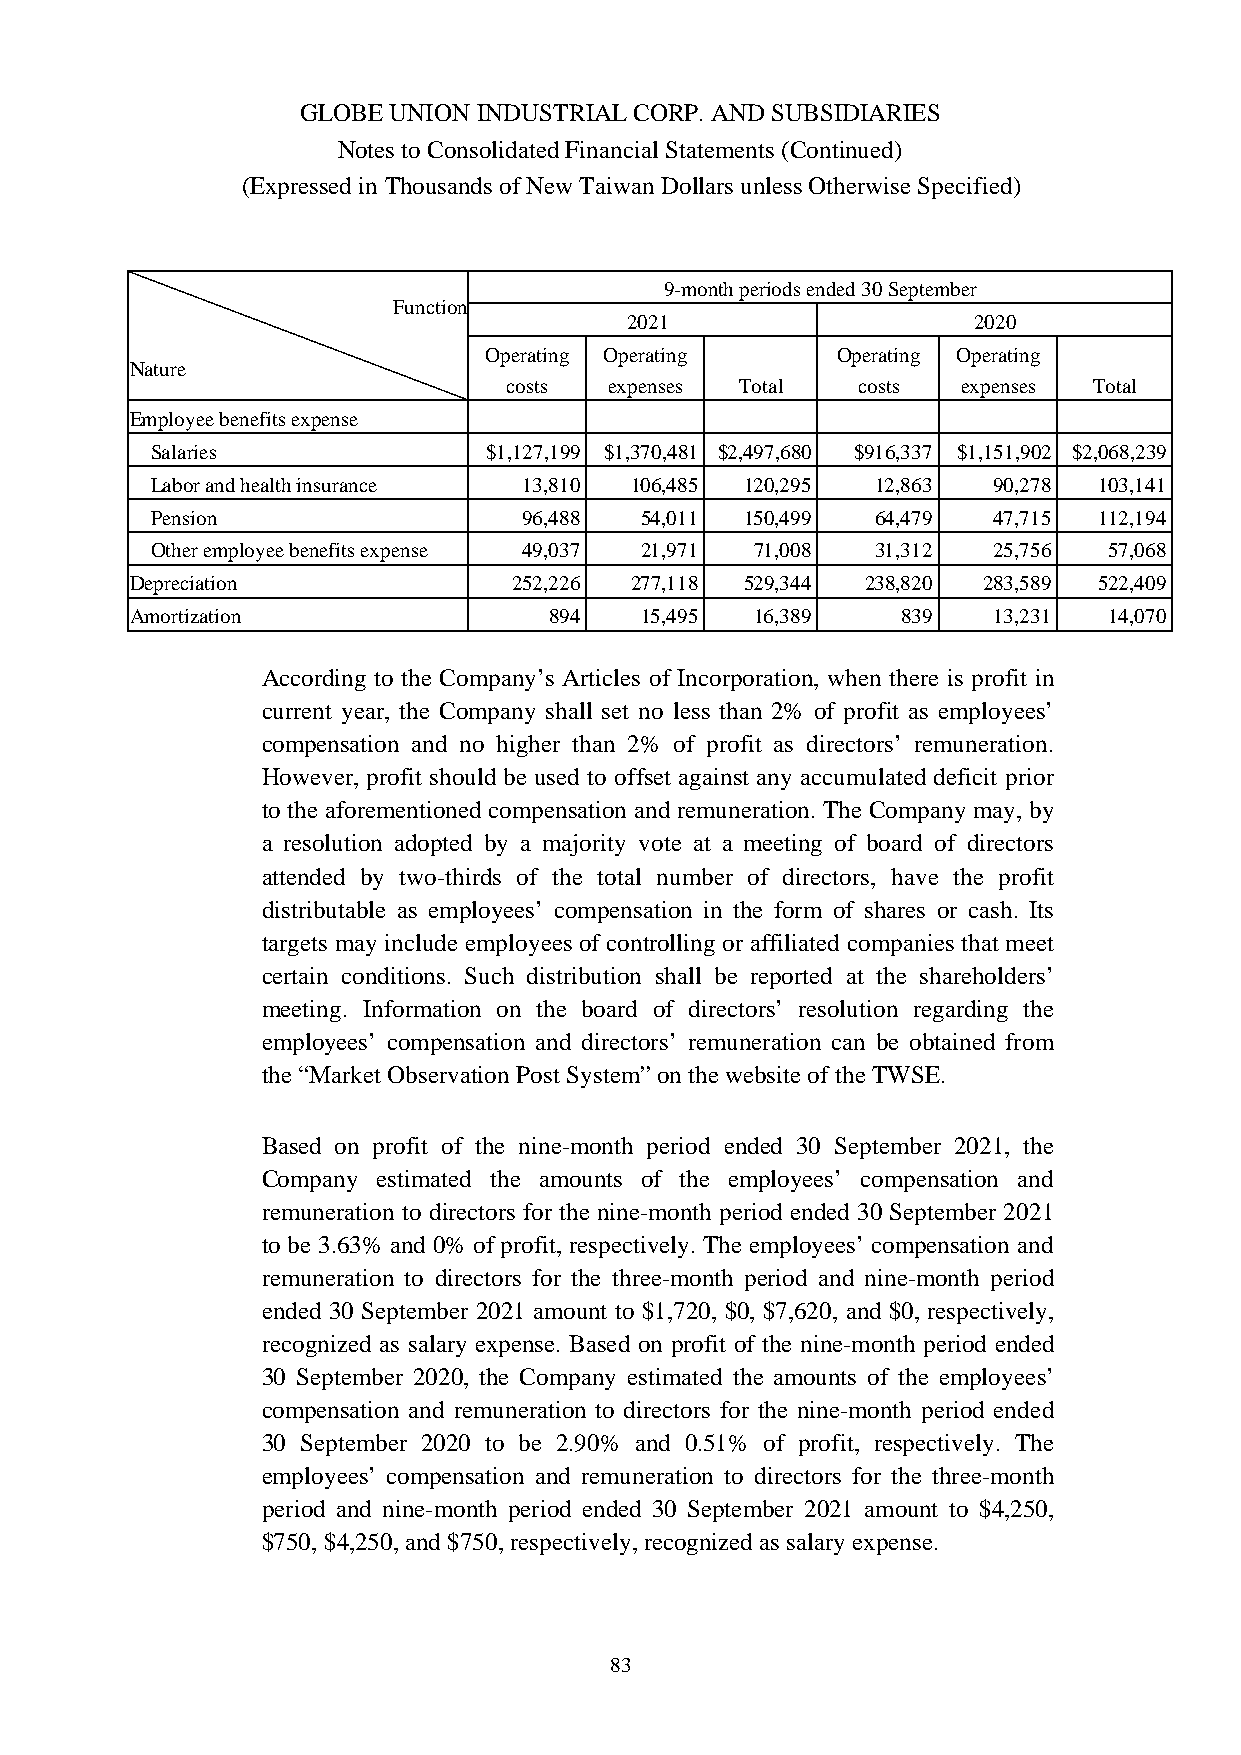
GLOBE UNION INDUSTRIAL CORP. AND SUBSIDIARIES
 Notes to Consolidated Financial Statements (Continued)
 (Expressed in Thousands of New Taiwan Dollars unless Otherwise Specified)
 9-month periods ended 30 September
 Function
 2021                  2020
 Operating Operating    Operating Operating
 Nature
 costs expenses Total   costs  expenses Total
 Employee benefits expense
 Salaries              $1,127,199 $1,370,481 $2,497,680 $916,337 $1,151,902 $2,068,239
 Labor and health insurance 13,810 106,485 120,295 12,863 90,278 103,141
 Pension                  96,488 54,011 150,499  64,479  47,715 112,194
 Other employee benefits expense 49,037 21,971 71,008 31,312 25,756 57,068
 Depreciation             252,226 277,118 529,344 238,820 283,589 522,409
 Amortization               894   15,495  16,389    839   13,231 14,070
 According to the Company’s Articles of Incorporation, when there is profit in
 current year, the Company shall set no less than 2% of profit as employees’
 compensation and no higher than 2% of profit as directors’ remuneration.
 However, profit should be used to offset against any accumulated deficit prior
 to the aforementioned compensation and remuneration. The Company may, by
 a resolution adopted by a majority vote at a meeting of board of directors
 attended by two-thirds of the total number of directors, have the profit
 distributable as employees’ compensation in the form of shares or cash. Its
 targets may include employees of controlling or affiliated companies that meet
 certain conditions. Such distribution shall be reported at the shareholders’
 meeting. Information on the board of directors’ resolution regarding the
 employees’ compensation and directors’ remuneration can be obtained from
 the “Market Observation Post System” on the website of the TWSE.
 Based on profit of the nine-month period ended 30 September 2021, the
 Company estimated the amounts of the employees’ compensation and
 remuneration to directors for the nine-month period ended 30 September 2021
 to be 3.63% and 0% of profit, respectively. The employees’ compensation and
 remuneration to directors for the three-month period and nine-month period
 ended 30 September 2021 amount to $1,720, $0, $7,620, and $0, respectively,
 recognized as salary expense. Based on profit of the nine-month period ended
 30 September 2020, the Company estimated the amounts of the employees’
 compensation and remuneration to directors for the nine-month period ended
 30 September 2020 to be 2.90% and 0.51% of profit, respectively. The
 employees’ compensation and remuneration to directors for the three-month
 period and nine-month period ended 30 September 2021 amount to $4,250,
 $750, $4,250, and $750, respectively, recognized as salary expense.
 83